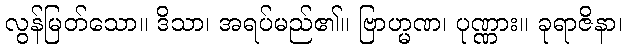
လွန်မြတ်သော။ ဒိသာ၊ အရပ်မည်၏။ ဗြာဟ္မဏ၊ ပုဏ္ဏား။ ခုရာဇိနာ၊